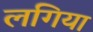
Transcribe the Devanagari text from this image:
लगिया